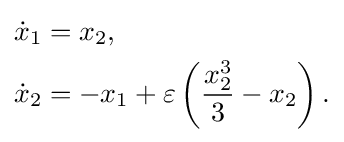
{\begin{aligned}&{\dot {x}}_{1}=x_{2},\\&{\dot {x}}_{2}=-x_{1}+\varepsilon \left({\frac {x_{2}^{3}}{3}}-{x_{2}}\right).\end{aligned}}